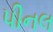
પીનલ